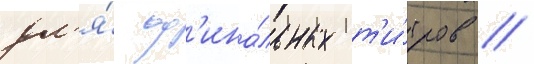
дл'я́ ф'ина́льных т'и́тров //